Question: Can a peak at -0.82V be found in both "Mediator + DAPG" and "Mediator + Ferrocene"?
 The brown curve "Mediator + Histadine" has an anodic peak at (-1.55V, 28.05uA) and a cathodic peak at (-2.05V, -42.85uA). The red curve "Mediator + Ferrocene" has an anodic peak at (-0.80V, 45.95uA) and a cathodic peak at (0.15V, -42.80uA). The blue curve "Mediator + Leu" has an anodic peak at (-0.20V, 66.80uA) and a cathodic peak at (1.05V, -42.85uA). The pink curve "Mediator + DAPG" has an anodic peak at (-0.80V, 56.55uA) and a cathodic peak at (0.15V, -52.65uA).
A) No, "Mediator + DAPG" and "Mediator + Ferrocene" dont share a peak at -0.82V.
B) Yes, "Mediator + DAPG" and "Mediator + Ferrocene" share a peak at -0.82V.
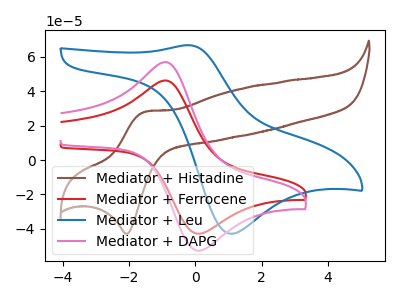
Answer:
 <answer>B) Yes, "Mediator + DAPG" and "Mediator + Ferrocene" share a peak at -0.82V.</answer>
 <eval>B</eval>